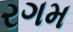
રગમ